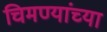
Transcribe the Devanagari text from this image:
चिमण्यांच्या